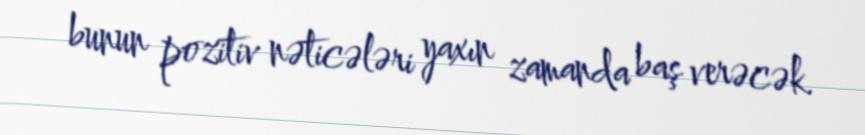
bunun pozitiv nəticələri yaxın zamanda baş verəcək.